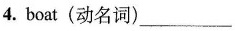
4. boat (动名词)___